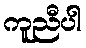
ကူညီပါ